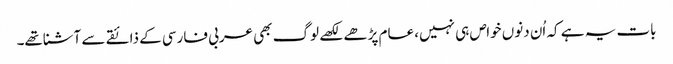
بات یہ ہے کہ اُن دنوں خواص ہی نہیں، عام پڑھے لکھے لوگ بھی عربی فارسی کے ذائقے سے آشناتھے۔